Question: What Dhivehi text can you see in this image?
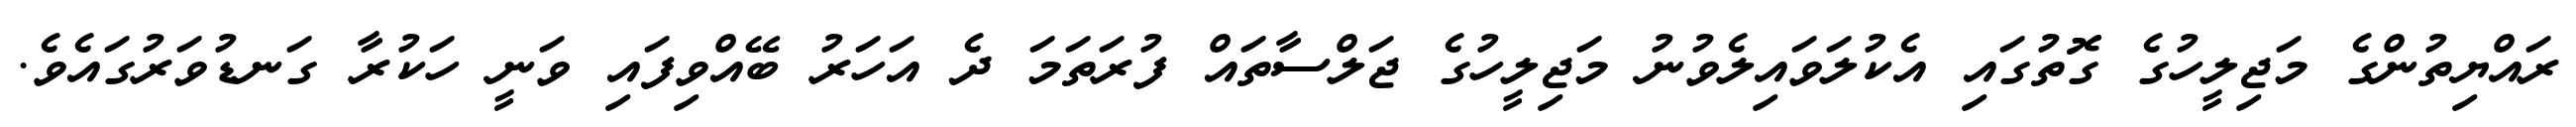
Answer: ރައްޔިތުންގެ މަޖިލީހުގެ ގޮތުގައި އެކުލަވައިލެވުނު މަޖިލީހުގެ ޖަލްސާތައް ފުރަތަމަ ދެ އަހަރު ބޭއްވިފައި ވަނީ ހަކުރާ ގަނޑުވަރުގައެވެ.